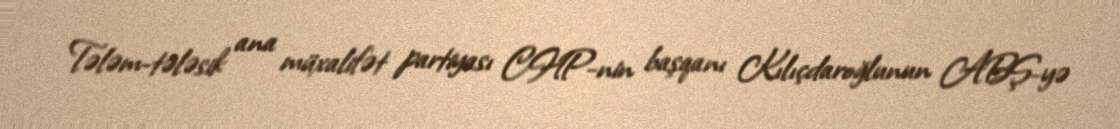
Tələm-tələsik ana müxalifət partiyası CHP-nin başqanı Kılıçdaroğlunun ABŞ-yə